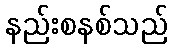
နည်းစနစ်သည်